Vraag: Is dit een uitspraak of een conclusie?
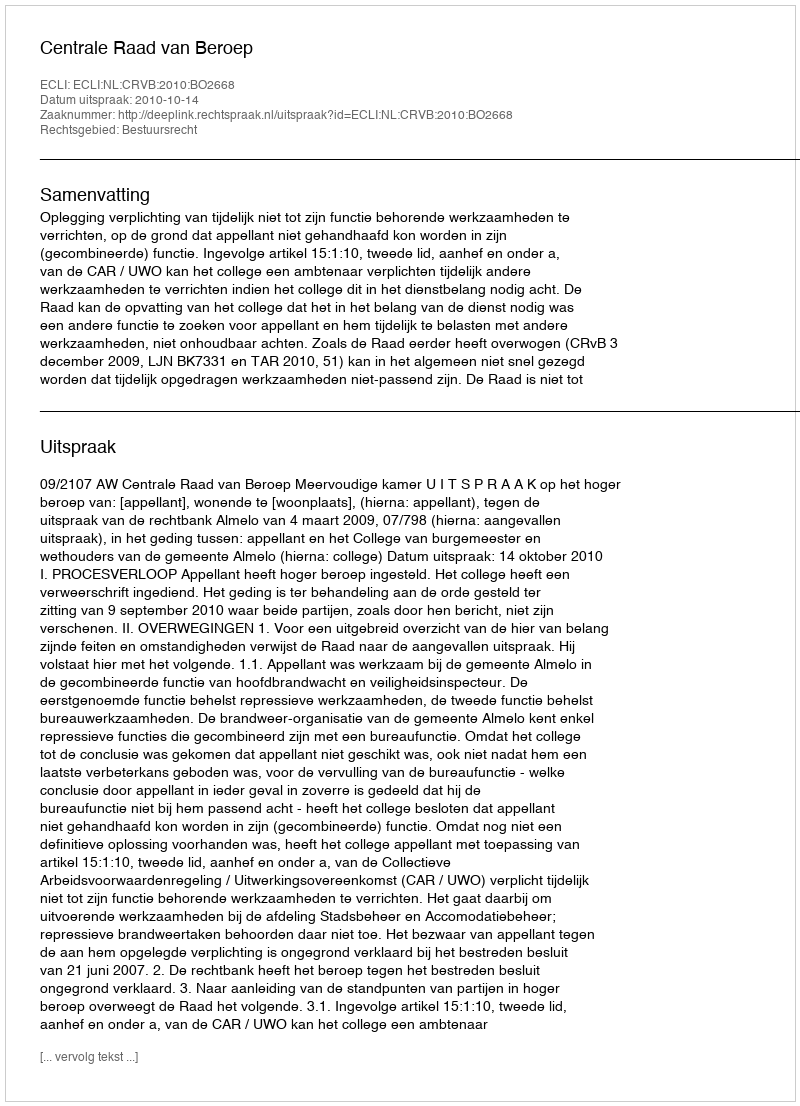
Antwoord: Uitspraak